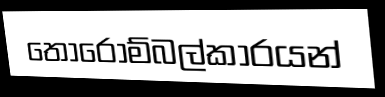
තොරොම්බල්කාරයන්